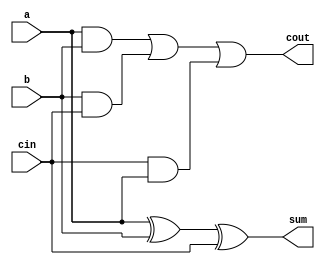
`timescale 1ns / 1ps
//////////////////////////////////////////////////////////////////////////////////
// Company: 
// Engineer: 
// 
// Design Name: 
// Module Name:    seven_bit_adder 
// Project Name: 
// Target Devices: 
// Tool versions: 
// Description: 
//
// Dependencies: 
//
// Revision: 
// Revision 0.01 - File Created
// Additional Comments: 
//
//////////////////////////////////////////////////////////////////////////////////
module full_adder(a, b, cin, sum, cout
);
input a;
input b;
input cin;
output sum;
wire sum;
output cout;
wire cout;
assign sum = a^b^cin;
assign cout = (a & b) | (b & cin) | (cin & a);
endmodule

module seven_bit_adder(PB1,PB2,PB3,PB4,Y,sum,carry
    );
	input PB1,PB2,PB3,PB4;
	input [3:0] Y;
	
	output[6:0] sum;
	output carry;
	wire [6:0] sum;
	wire carry;
	wire temp[5:0];
	reg [6:0] a;
	reg [6:0] b;
	always @(posedge PB1)begin
		a[3:0]<=Y;
	end
	always @(posedge PB2)begin
		a[6:4]<=Y[2:0];
	end
	always @(posedge PB3)begin
		b[3:0]<=Y;
	end
	always @(posedge PB4)begin
		b[6:4]<=Y[2:0];
	end
	full_adder FA0 (a[0], b[0], 1'b0, sum[0], temp[0]);
	full_adder FA1 (a[1], b[1], temp[0], sum[1], temp[1]);
	full_adder FA2 (a[2], b[2], temp[1], sum[2], temp[2]);
	full_adder FA3 (a[3], b[3], temp[2], sum[3], temp[3]);
	full_adder FA4 (a[4], b[4], temp[3], sum[4], temp[4]);
	full_adder FA5 (a[5], b[5], temp[4], sum[5], temp[5]);
	full_adder FA6 (a[6], b[6], temp[5], sum[6], carry);
	

endmodule